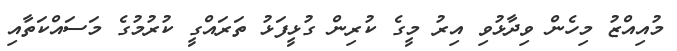
މުއިއްޒު މިހެން ވިދާޅުވި އިރު މީގެ ކުރިން ގުޅީފަޅު ތަރައްގީ ކުރުމުގެ މަސައްކަތާއި